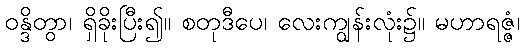
ဝန္ဒိတွာ၊ ရှိခိုးပြီး၍။ စတုဒီပေ၊ လေးကျွန်းလုံး၌။ မဟာရဇ္ဇံ၊